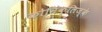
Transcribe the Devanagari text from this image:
कोनिंक्लिज्के